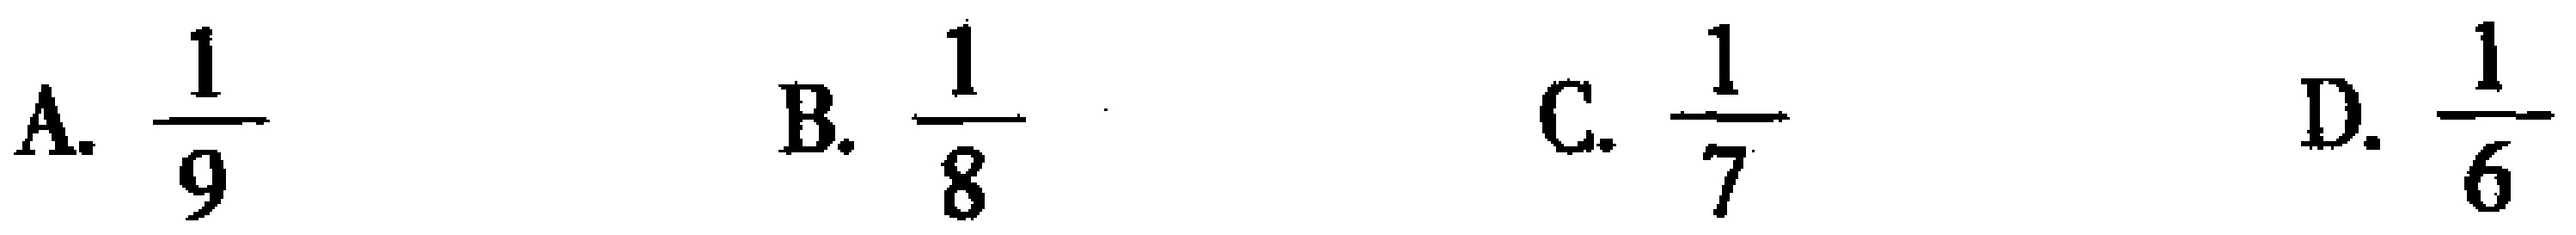
A. $\frac{1}{9}$  B. $\frac{1}{8}$  C. $\frac{1}{7}$  D. $\frac{1}{6}$